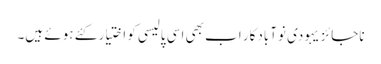
ناجائز یہودی نوآبادکار اب بھی اسی پالیسی کو اختیار کئے ہوئے ہیں۔